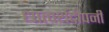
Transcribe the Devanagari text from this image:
धात्वर्थदीपनी